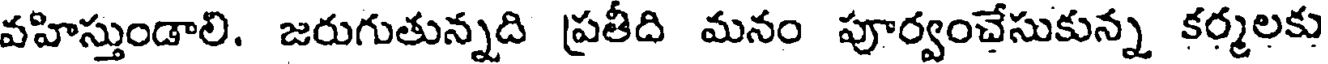
వహిస్తుండాలి. జరుగుతున్నది ప్రతీది మనం పూర్వంచేసుకున్న కర్మలకు